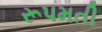
રૂપમતી